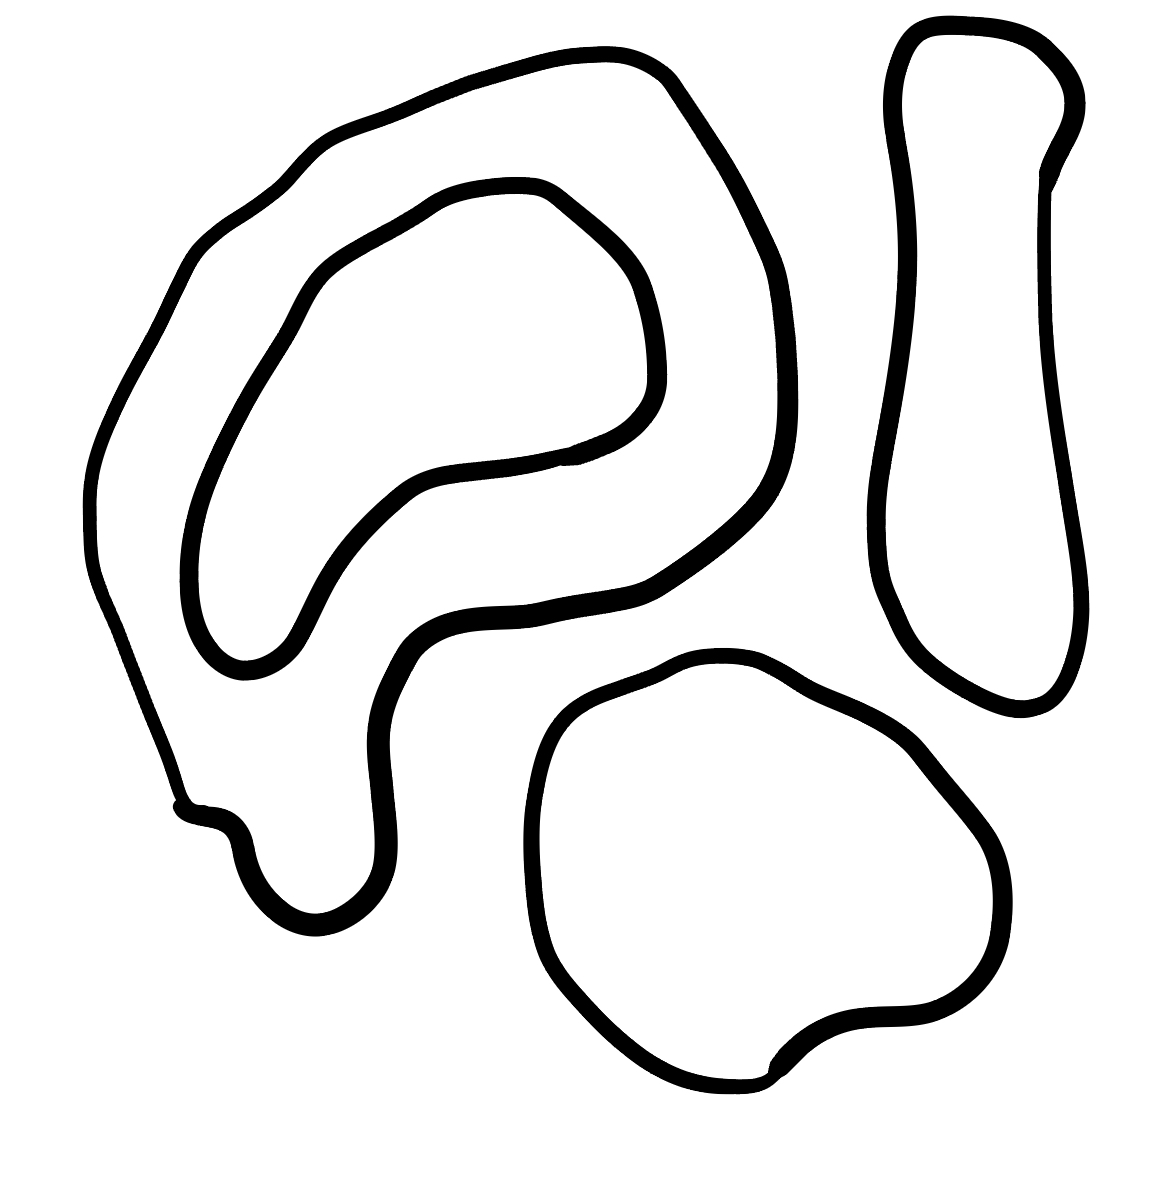
Number of regions (including the outer root region): 5
Containment tree edges (parent, child): 0, 1, 0, 2, 0, 4, 2, 3